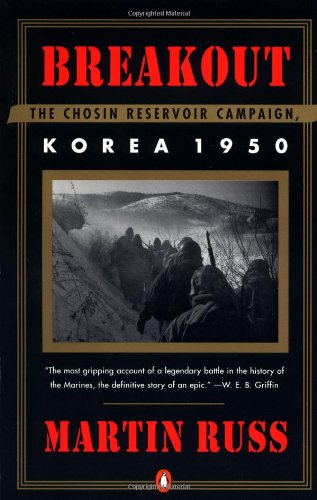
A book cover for Breakout: The Chosin Reservoir Campaign, Korea 1950; Martin Russ; History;